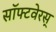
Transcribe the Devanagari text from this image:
सॉफ्टवेरस्